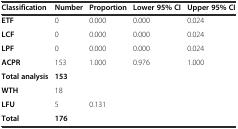
| Classification | Number | Proportion | Lower 95% CI | Upper 95% CI |
 | --- | --- | --- | --- | --- |
 | ETF | 0 | 0.000 | 0.000 | 0.024 |
 | LCF | 0 | 0.000 | 0.000 | 0.024 |
 | LPF | 0 | 0.000 | 0.000 | 0.024 |
 | ACPR | 153 | 1.000 | 0.976 | 1.000 |
 | Total analysis | 153 |  |  |  |
 | WTH | 18 |  |  |  |
 | LFU | 5 | 0.131 |  |  |
 | Total | 176 |  |  |  |